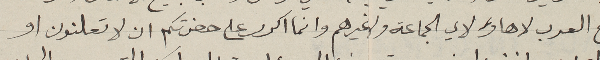
لجميع العرب لا هاوه لاي الجماعة ولـ غيرهم وانما اكرر على حضرتكم ان لا تعلنون او